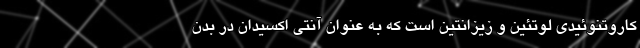
کاروتنوئیدی لوتئین و زیزانتین است که به عنوان آنتی اکسیدان در بدن